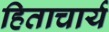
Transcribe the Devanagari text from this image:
हिताचार्य